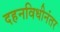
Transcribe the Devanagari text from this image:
दहनविधीनंतर